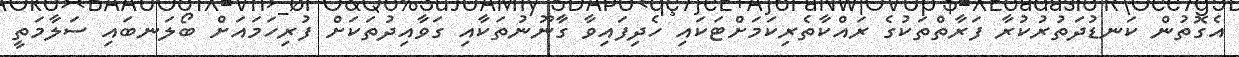
އެގޮތުން ކަނޑުދަތުރުކުރާ ފަރާތްތަކުގެ ރައްކާތެރިކަމަށްޓަކައި ހެދިފައިވާ ގާނޫނުތަކާއި ގަވާއިދުތަކަށް ފުރިހަމައަށް ބޯލަނބައި ސަލާމަތީ